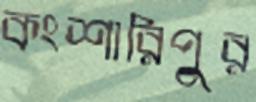
কংশারিপুর